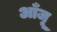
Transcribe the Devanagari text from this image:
आँजू